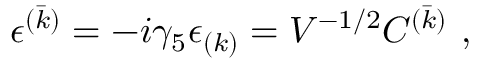
\epsilon ^ { ( \bar { k } ) } = - i \gamma _ { 5 } \epsilon _ { ( k ) } = V ^ { - 1 / 2 } { \cal C } ^ { ( \bar { k } ) } \ ,